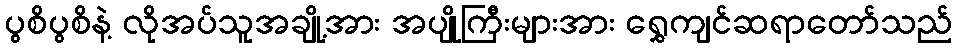
ပွစိပွစိနဲ့ လိုအပ်သူအချို့အား အပျိုကြီးများအား ရွှေကျင်ဆရာတော်သည်